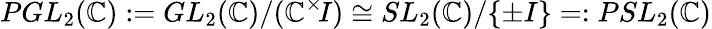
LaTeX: PGL_{2}(\mathbb{C}):=GL_{2}(\mathbb{C})/(\mathbb{C}^{\times}\! I)\cong SL_{2}(\mathbb{C})/\{ \pm I\} =:PSL_{2}(\mathbb{C})